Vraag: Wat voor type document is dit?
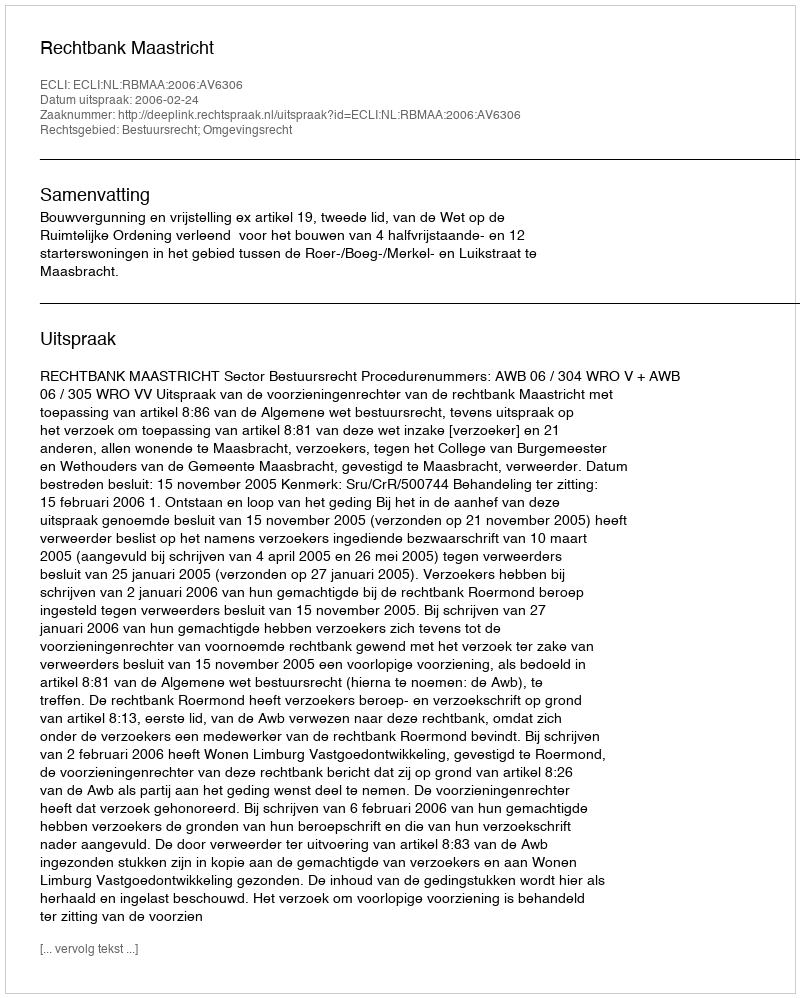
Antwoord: Uitspraak